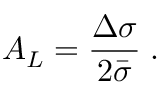
A _ { L } = \frac { \Delta \sigma } { 2 \bar { \sigma } } \; .